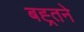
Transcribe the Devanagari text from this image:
बह्र्तने